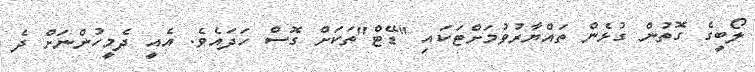
ލޯބީގެ ގޮތުން ގުޅެން ތައްޔާރުވުމަށްޓަކައި "ޑޭޓް"ތަކަށް ގޮސް ހަދައެވެ. އެއީ ދެމީހުންނަށް ދެ